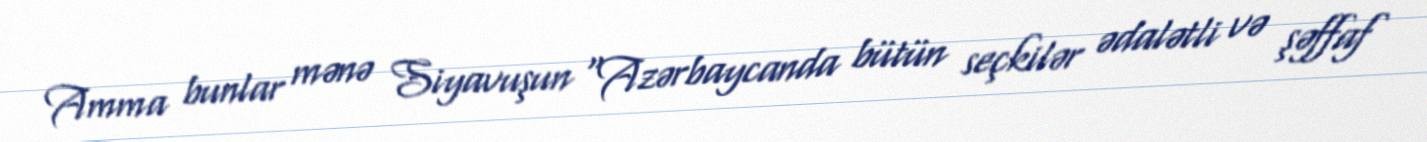
Amma bunlar mənə Siyavuşun “Azərbaycanda bütün seçkilər ədalətli və şəffaf